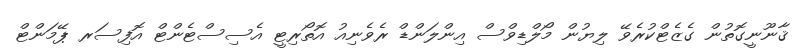
ޤާނޫނީގޮތުން ގެޒެޓްކުރެވޭ ލިޔުން މޯލްޑިވްސް އިންލަންޑް ރެވެނިއު އޮތޯރިޓީ އެސިސްޓެންޓް އޮފިސަރ ޕޭމަންޓް